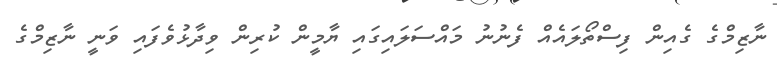
ނާޒިމްގެ ގެއިން ފިސްތޯލައެއް ފެނުނު މައްސަލައިގައި ޔާމީން ކުރިން ވިދާޅުވެފައި ވަނީ ނާޒިމްގެ